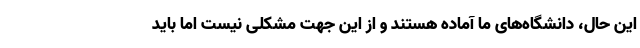
این حال، دانشگاه‌های ما آماده هستند و از این جهت مشکلی نیست اما باید